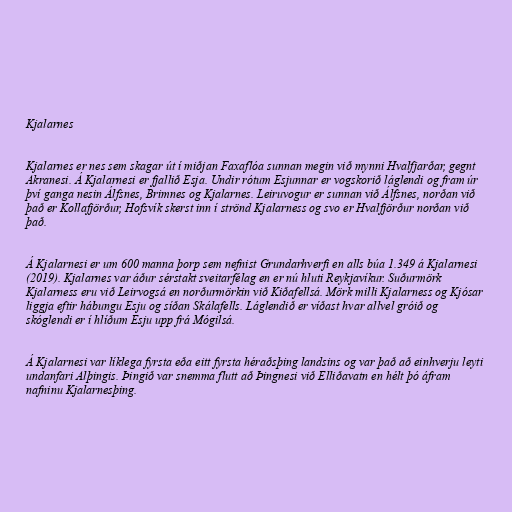
Kjalarnes

Kjalarnes er nes sem skagar út í miðjan Faxaflóa sunnan megin við mynni Hvalfjarðar, gegnt
Akranesi. Á Kjalarnesi er fjallið Esja. Undir rótum Esjunnar er vogskorið láglendi og fram úr
því ganga nesin Álfsnes, Brimnes og Kjalarnes. Leiruvogur er sunnan við Álfsnes, norðan við
það er Kollafjörður, Hofsvík skerst inn í strönd Kjalarness og svo er Hvalfjörður norðan við
það.

Á Kjalarnesi er um 600 manna þorp sem nefnist Grundarhverfi en alls búa 1.349 á Kjalarnesi
(2019). Kjalarnes var áður sérstakt sveitarfélag en er nú hluti Reykjavíkur. Suðurmörk
Kjalarness eru við Leirvogsá en norðurmörkin við Kiðafellsá. Mörk milli Kjalarness og Kjósar
liggja eftir hábungu Esju og síðan Skálafells. Láglendið er víðast hvar allvel gróið og
skóglendi er í hlíðum Esju upp frá Mógilsá.

Á Kjalarnesi var líklega fyrsta eða eitt fyrsta héraðsþing landsins og var það að einhverju leyti
undanfari Alþingis. Þingið var snemma flutt að Þingnesi við Elliðavatn en hélt þó áfram
nafninu Kjalarnesþing.